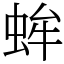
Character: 蛑